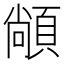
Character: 𮨏